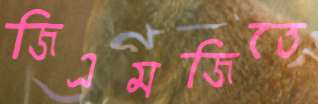
জিএমজিতে